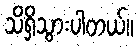
သိရှိသွားပါတယ်။